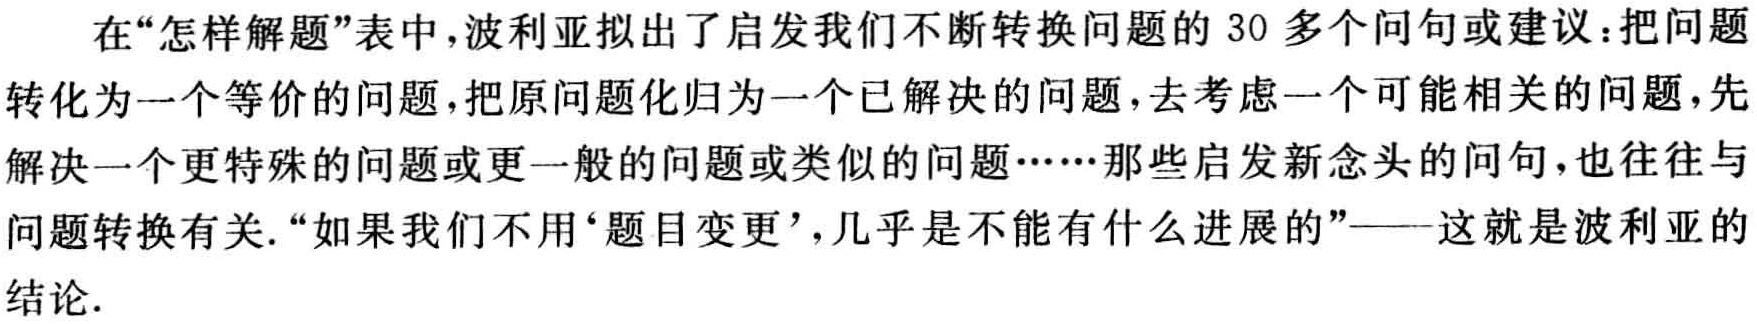
在“怎样解题”表中，波利亚拟出了启发我们不断转换问题的 30 多个问句或建议：把问题转化为一个等价的问题，把原问题化归为一个已解决的问题，去考虑一个可能相关的问题，先解决一个更特殊的问题或更一般的问题或类似的问题……那些启发新念头的问句，也往往与问题转换有关.“如果我们不用‘题目变更’，几乎是不能有什么进展的”——这就是波利亚的结论.